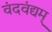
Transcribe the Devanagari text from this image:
वंदवंद्यम्